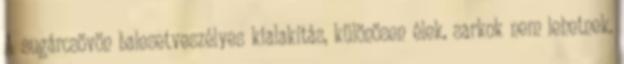
A sugárcsövön balesetveszélyes kialakítás, különösen élek, sarkok nem lehetnek.